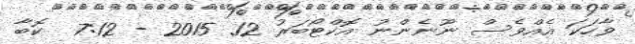
ވާހަކަ އެއްވެސް ނޫނެންނު އޮކްޓޯބަރު 12